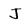
Character: J